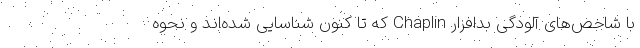
با شاخص‌های آلودگی بدافزار Chaplin که تا کنون شناسایی شده‌اند و نحوه